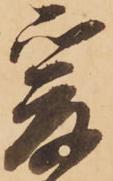
爰